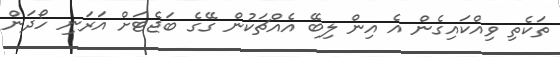
ތަކެތި ވިއްކައިގެން އެ އިން ލިބޭ އެއްޗަކުން ގޭގެ ބަޖެޓަށް އަރަނި ހޯދަން